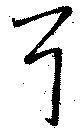
耳